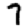
Digit: 7